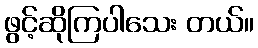
ဖွင့်ဆိုကြပါသေး တယ်။